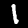
Digit: 1